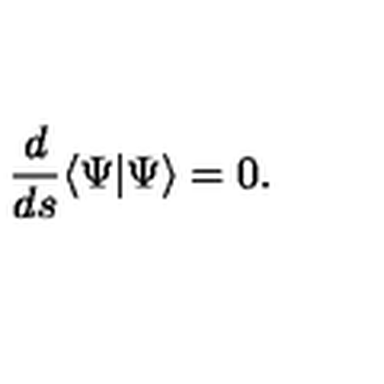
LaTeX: \frac { d } { d s } \langle \Psi | \Psi \rangle = 0 .